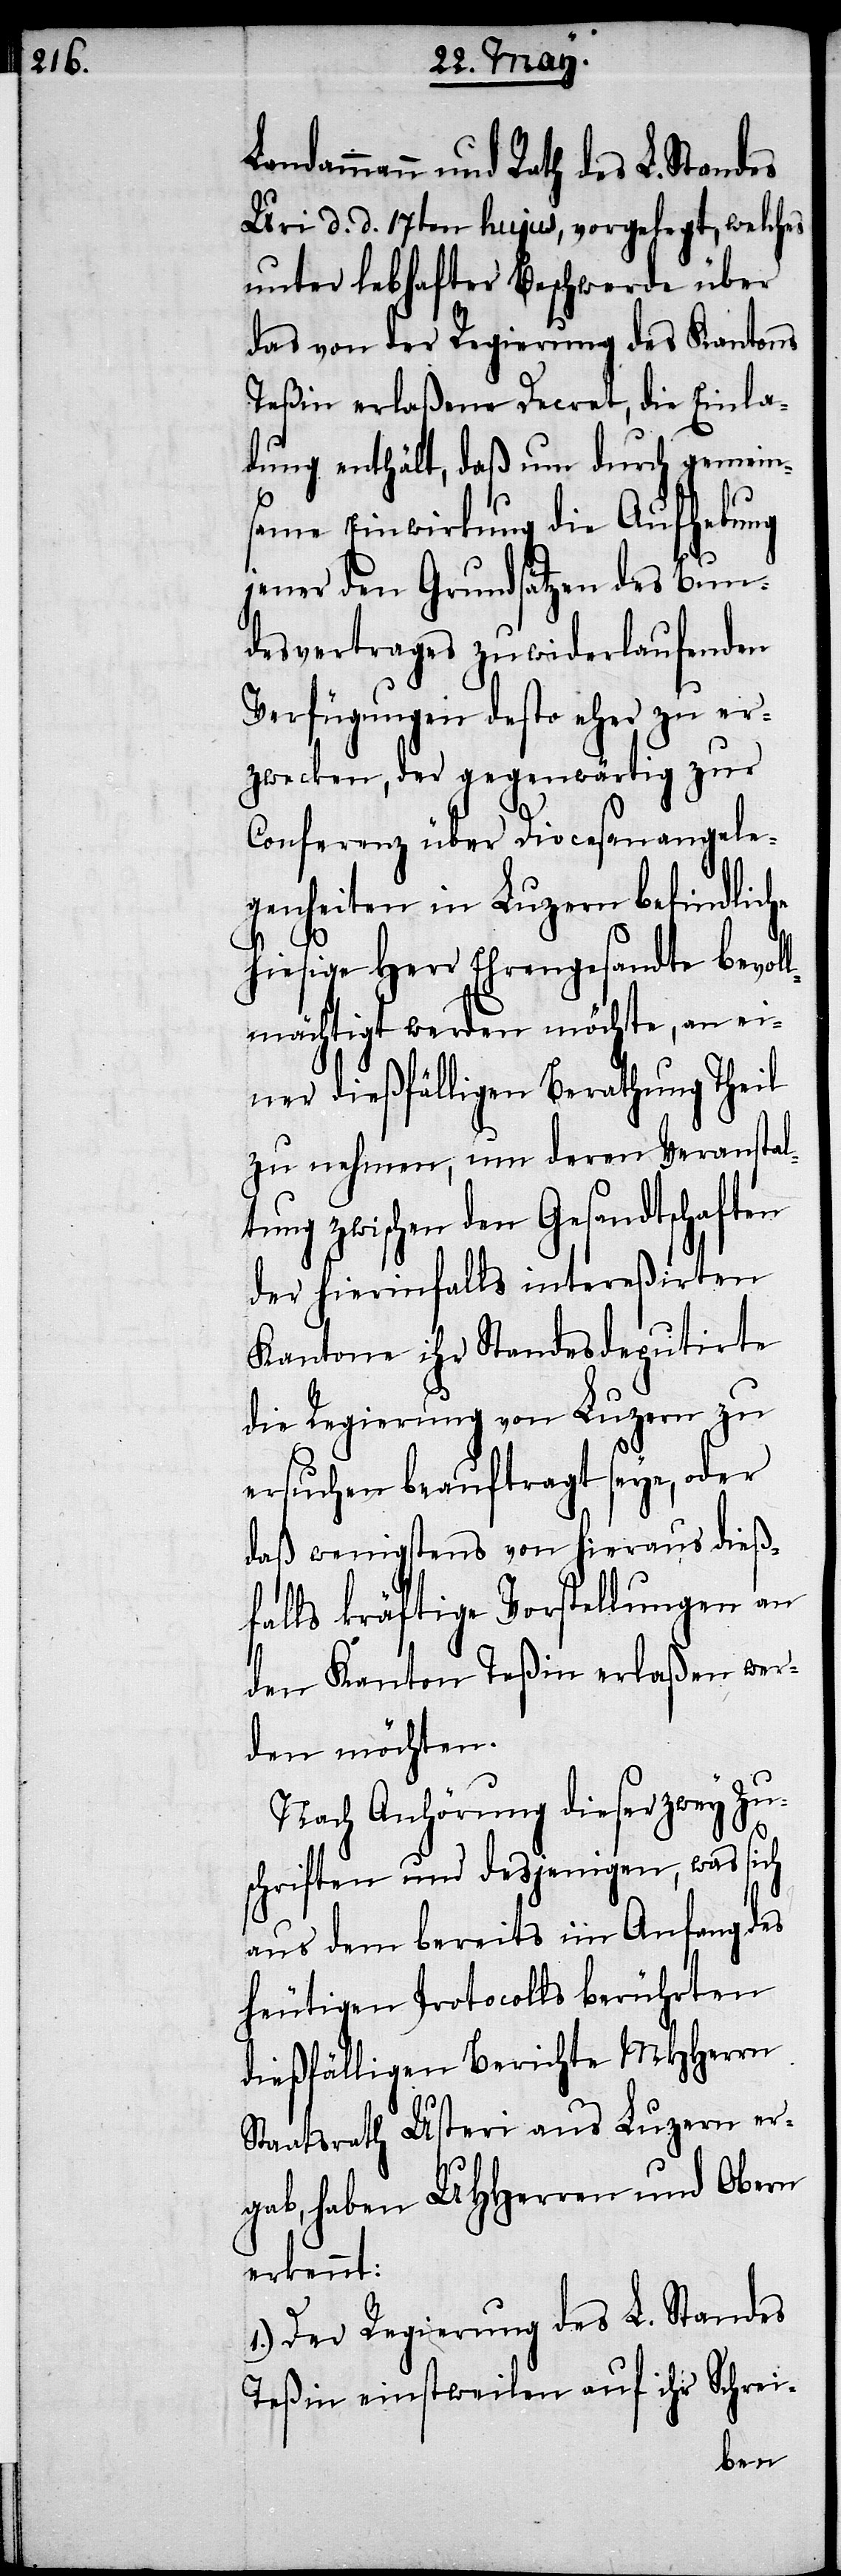
dammann und Rath des L. Standes
Uri d. d. 17ten hujus, vorgelegt, welches
unter lebhafter Beschwerde über
das von der Regierung des Kantons
Teßin erlaßene Decret, die Einla¬
dung enthält, daß um durch gemein¬
same Einwirkung die Aufhebung
jener den Grundsätzen des Bun¬
desvertrages zuwiderlaufenden
Verfügungen desto eher zu er¬
zwecken, der gegenwärtig zur
Conferenz über Diocesanangele¬
genheiten in Luzern befindliche
hiesige Herr Ehrengesandte bevol¬
lmächtigt werden möchte, an ei¬
ner dießfälligen Berathung Theil
zu nehmen, um deren Veranstal¬
tung zwischen den Gesandtschaften
der hierinfalls intereßirten
Kantone ihr Standesdeputirte
die Regierung von Luzern zu
ersuchen beauftragt seye, oder
daß wenigstens von hieraus dieß¬
falls kräftige Vorstellungen an
den Kanton Teßin erlaßen wer¬
den möchten.
Nach Anhörung dieser zwey Zu¬
schriften und desjenigen, was sich
aus dem bereits im Anfang des
heutigen Protocolls berührten
dießfälligen Berichte MHHerrn
Staatsrath Usteri aus Luzern er¬
gab, haben UHHerren und Obern
erkennt:
1.) Der Regierung des L. Standes
Teßin einstweilen auf ihr Schrei-
Lan¬